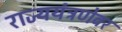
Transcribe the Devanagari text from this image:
राज्ययंत्रणेवर